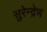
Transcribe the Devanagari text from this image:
सुरेन्द्रेण